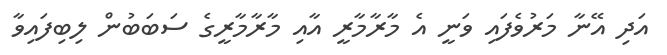
އަދި އޭނާ މަރުވެފައި ވަނީ އެ މާރާމާރީ އާއި މާރާމާރީގެ ސަބަބުން ލިބިފައިވާ